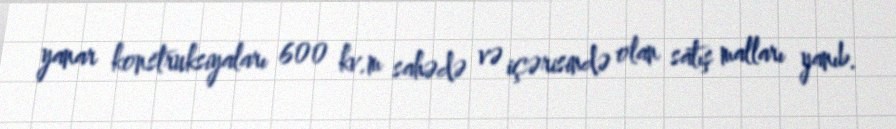
yanar konstruksiyaları 600 kv.m sahədə və içərisində olan satış malları yanıb.